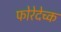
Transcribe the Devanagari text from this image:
फोरेदेच्क